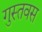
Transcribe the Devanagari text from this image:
गुस्तवस